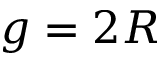
g = 2 R